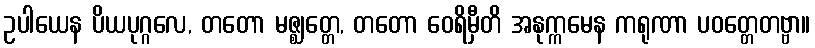
ဥပါယေန ပိယပုဂ္ဂလေ, တတော မဇ္ဈတ္တေ, တတော ဝေရိမှီတိ အနုက္ကမေန ကရုဏာ ပဝတ္တေတဗ္ဗာ။